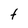
Character: f